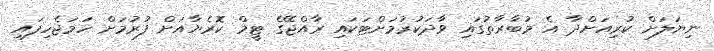
ނިޔަލަށް ކުރިއަށްދާ އެ މުބާރާތުގައި ވާދަކުރުމަށްޓަކައި ރާއްޖޭގެ ޓީމް ކޮރެޔާއަށް ފުރުމަށް ހަމަޖެހިފައި